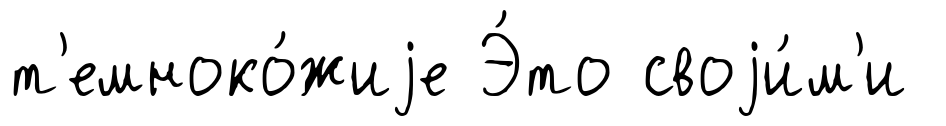
т'емноко́жиjе Э́то своjи́м'и